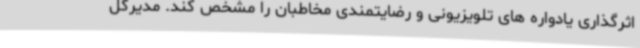
اثرگذاری یادواره های تلویزیونی و رضایتمندی مخاطبان را مشخص کند. مدیرکل